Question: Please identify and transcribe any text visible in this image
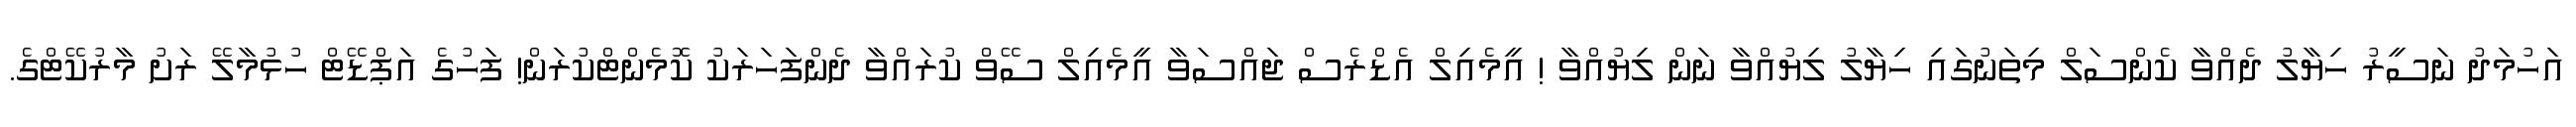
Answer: އަހުމަދު ނަސީރު ހިޔާލު ދެއްވާ ކެންސަލް މިތަނުގައި ހިޔާލު ލިޔުއްވާ ނަން ލިޔުއްވާ ! އީމެއިލް އެޑްރެސް ޖައްސަވާ އީމެއިލް ސޭވް ކުރައްވާ ދެންފަހަރަކު ކޮމެންޓްކުރަން! ފަހުގެ އަޕްޑޭޓް ހުޅުމާލޭ ރަށު މާރުކޭޓްގެ.